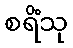
စရိံသု